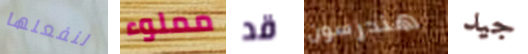
لنفعلها مملوء قد هندرسون جيد